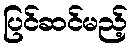
ပြင်ဆင်မည့်